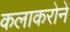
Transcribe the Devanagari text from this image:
कलाकरोने